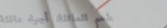
مطعم العائلة: أجواء دافئة